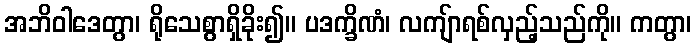
အဘိဝါဒေတွာ၊ ရိုသေစွာရှိခိုး၍။ ပဒက္ခိဏံ၊ လကျ်ာရစ်လှည့်သည်ကို။ ကတွာ၊